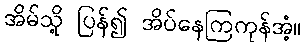
အိမ်သို့ ပြန်၍ အိပ်နေကြကုန်အံ့။